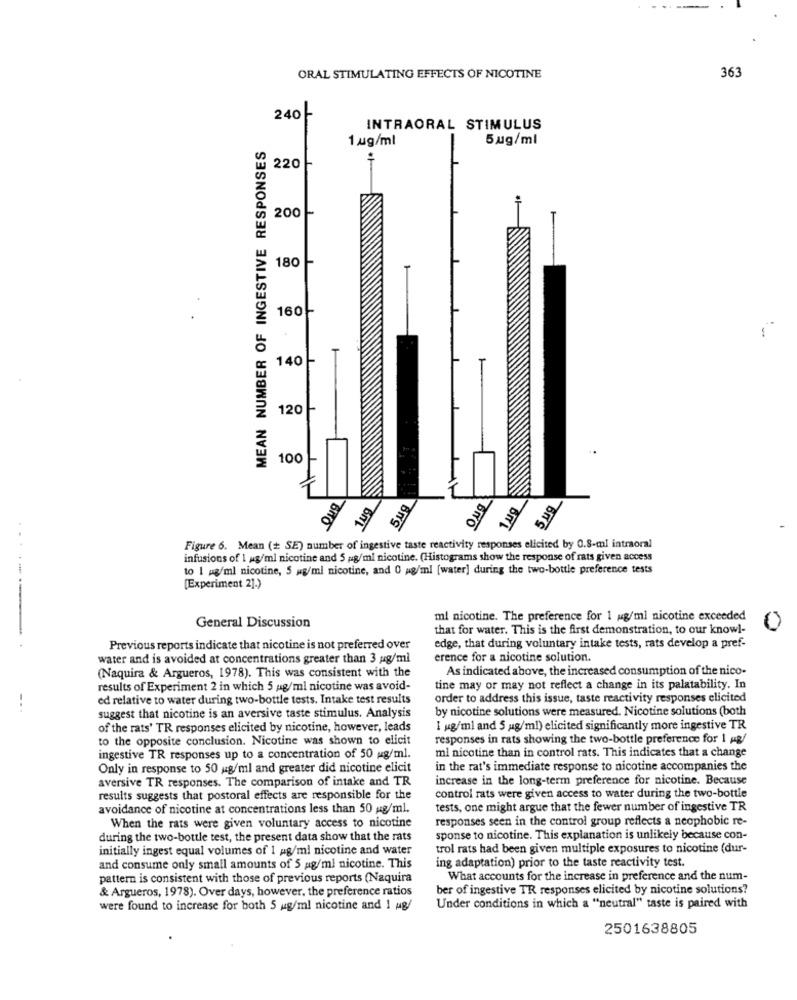
ORAL STIMULATING EFFECTS OF NICOTINE
363
240 -
INTRAORAL STIMULUS
1 ug/ml
5 ug/ml
MEAN NUMBER OF INGESTIVE RESPONSES
220
200 -
180 -
1601
140
120 -
100 1
1ug
5 ug
oug
5Nº
oug
1 09
Figure 6. Mean (+ SE) number of ingestive taste reactivity responses elicited by O.S-ml intraoral
infusions of 1 ug/ml nicotine and 5 pg/ml nicotine. (Histograms show the response of rats given access
to 1 ug/ml nicotine, 5 mg/ml nicotine, and 0 g/ml [water] during the two-bottle preference tests
[Experiment 2].)
mi nicotine. The preference for 1 g/ml nicotine exceeded
General Discussion
that for water. This is the first demonstration, to our knowl-
0
.......
Previous reports indicate that nicotine is not preferred over
edge, that during voluntary intake tests, rats develop a pref-
water and is avoided at concentrations greater than 3 pg/ml
erence for a nicotine solution.
As indicated above, the increased consumption of the nico-
(Naquira & Argueros, 1978). This was consistent with the
results of Experiment 2 in which 5 g/ml nicotine was avoid-
tine may or may not reflect a change in its palatability. In
ed relative to water during two-bottle tests. Intake test results
order to address this issue, taste reactivity responses elicited
by nicotine solutions were measured. Nicotine solutions (both
suggest that nicotine is an aversive taste stimulus. Analysis
of the rats' TR responses elicited by nicotine, however, leads
I ug/ml and 5 g/ml) elicited significantly more ingestive TR
to the opposite conclusion. Nicotine was shown to elicit
responses in rats showing the two-bottle preference for 1 ug/
ml nicotine than in control rats. This indicates that a change
ingestive TR responses up to a concentration of 50 mg/ml.
Only in response to 50 ug/ml and greater did nicotine elicit
in the rat's immediate response to nicotine accompanies the
aversive TR responses. The comparison of intake and TR
increase in the long-term preference for nicotine. Because
results suggests that postoral effects are responsible for the
control rats were given access to water during the two-bottle
avoidance of nicotine at concentrations less than 50 ug/ml.
tests, one might argue that the fewer number of ingestive TR
When the rats were given voluntary access to nicotine
responses seen in the control group reflects a neophobic re-
during the two-bottle test, the present data show that the rats
sponse to nicotine. This explanation is unlikely because con-
initially ingest equal volumes of 1 ag/ml nicotine and water
trol rats had been given multiple exposures to nicotine (dur-
and consume only small amounts of 5 ag/ml nicotine. This
ing adaptation) prior to the taste reactivity test.
pattern is consistent with those of previous reports (Naquira
What accounts for the increase in preference and the num-
& Argueros, 1978). Over days, however, the preference ratios
ber of ingestive TR responses elicited by nicotine solutions?
were found to increase for both 5 mg/ml nicotine and 1 ug/
Under conditions in which a "neutral" taste is paired with
2501638805